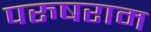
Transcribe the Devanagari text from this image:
परुषराम